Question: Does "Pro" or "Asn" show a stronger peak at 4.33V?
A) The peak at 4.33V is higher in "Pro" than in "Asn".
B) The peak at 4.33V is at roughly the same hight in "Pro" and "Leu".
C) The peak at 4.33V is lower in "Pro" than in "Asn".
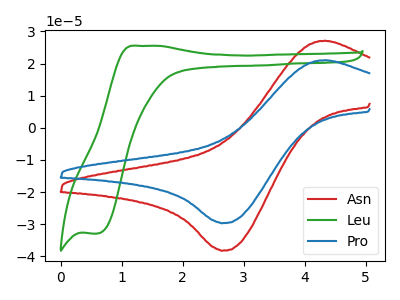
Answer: <think>The red curve "Asn" has an anodic peak at (4.35V, 27.15uA) and a cathodic peak at (2.65V, -38.25uA). The green curve "Leu" has an anodic peak at (1.25V, 25.50uA) and a cathodic peak at (0.60V, -32.90uA). The blue curve "Pro" has an anodic peak at (4.35V, 21.05uA) and a cathodic peak at (2.65V, -29.70uA).</think>
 <answer>C) The peak at 4.33V is lower in "Pro" than in "Asn".</answer>
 <eval>C</eval>